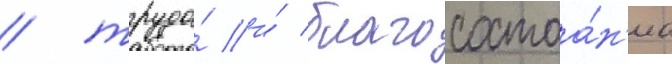
/ труда́ и́ благосостоа́н'иа